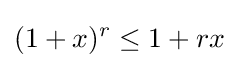
(1+x)^{r}\leq 1+rx